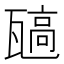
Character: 𬎯